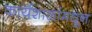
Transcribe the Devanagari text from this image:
कार्यशाळांमधून